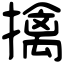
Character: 擒